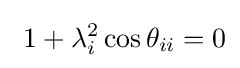
\ 1+\lambda _{i}^{2}\cos \theta _{ii}=0